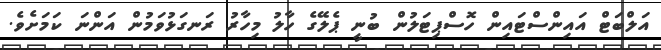
އަލްބަޓް އައިންސްޓައިން ހޮސްޕިޓަލުން ބުނީ ޕެލޭގެ ހާލު މިހާރު ރަނގަޅުވަމުން އަންނަ ކަމަށެވެ.